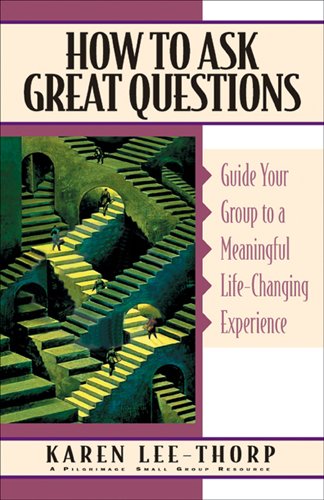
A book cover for How to Ask Great Questions: Guide Your Group to Discovery With These Proven Techniques (Pilgrimage Growth Guide); Karen Lee-Thorp; Christian Books & Bibles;